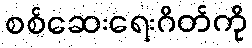
စစ်ဆေးရေးဂိတ်ကို